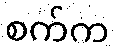
စက်က